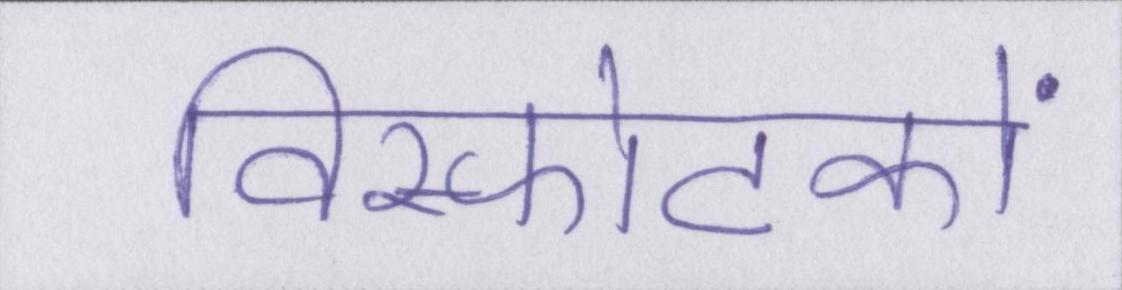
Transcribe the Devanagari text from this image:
विस्फोटकों